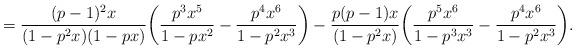
LaTeX: \begin{align*}=\frac{(p-1)^2x}{(1-p^2x)(1-px)}\bigg(\frac{p^3x^5}{1-px^2} - \frac{p^4x^6}{1-p^2x^3}\bigg) - \frac{p(p-1)x}{(1-p^2x)}\bigg(\frac{p^5x^6}{1-p^3x^3} - \frac{p^4x^6}{1-p^2x^3}\bigg).\end{align*}